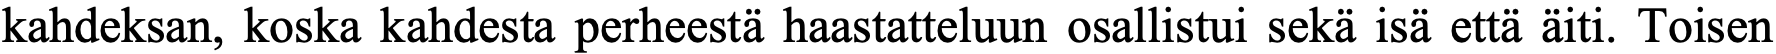
kahdeksan, koska kahdesta perheestä haastatteluun osallistui sekä isä että äiti. Toisen